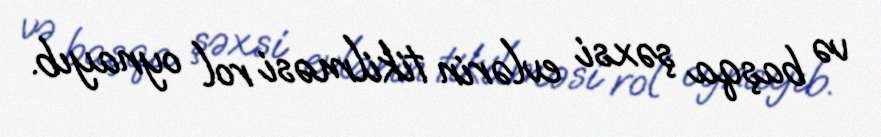
və başqa şəxsi evlərin tikilməsi rol oynayıb.